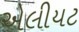
એલીયટ